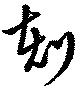
刻